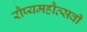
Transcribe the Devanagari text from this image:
रौप्यमहौत्सवी